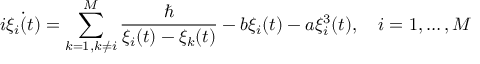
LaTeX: i \dot { \xi _ { i } ( t ) } = \sum _ { k = 1 , k \neq i } ^ { M } \frac { \hbar } { \xi _ { i } ( t ) - \xi _ { k } ( t ) } - b \xi _ { i } ( t ) - a \xi _ { i } ^ { 3 } ( t ) , \quad i = 1 , \dots , M